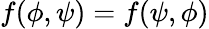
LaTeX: f(\phi,\psi)=f(\psi,\phi)